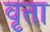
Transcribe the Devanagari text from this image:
वृत्ता